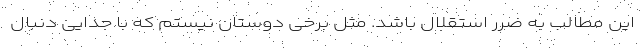
این مطالب به ضرر استقلال باشد. مثل برخی دوستان نیستم که با جدایی دنبال